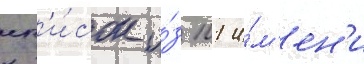
сп'и́сок и́з 101 и́м'ен'и